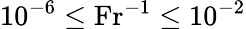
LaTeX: {{10}^{-6}\le\mathrm{Fr}^{-1}}\le{10}^{-2}